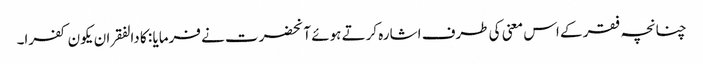
چنانچہ فقر کے اس معنی کی طرف اشارہ کرتے ہوئے آنحضرت نے فرمایا : کا دالفقر ان یکون کفرا۔